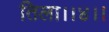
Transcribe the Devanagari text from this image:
तिला।।४।।